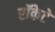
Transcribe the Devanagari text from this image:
रॉकेटे